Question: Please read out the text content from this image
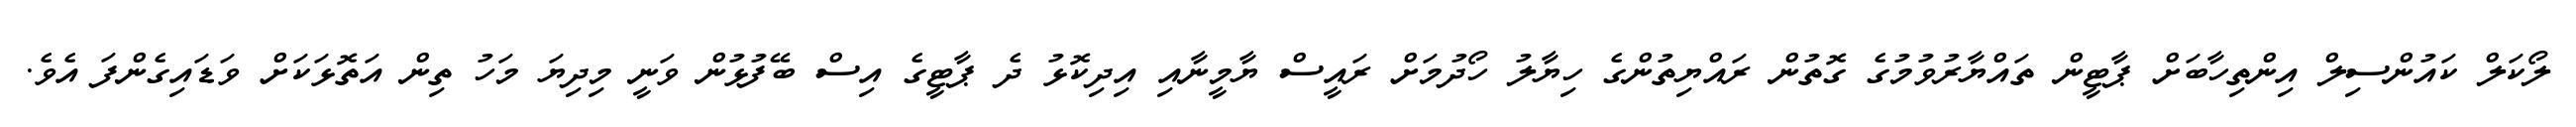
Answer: ލޯކަލް ކައުންސިލް އިންތިހާބަށް ޕާޓީން ތައްޔާރުވުމުގެ ގޮތުން ރައްޔިތުންގެ ހިޔާލު ހޯދުމަށް ރައީސް ޔާމީނާއި އިދިކޮޅު ދެ ޕާޓީގެ އިސް ބޭފުޅުން ވަނީ މިދިޔަ މަހު ތިން އަތޮޅަކަށް ވަޑައިގެންފަ އެވެ.